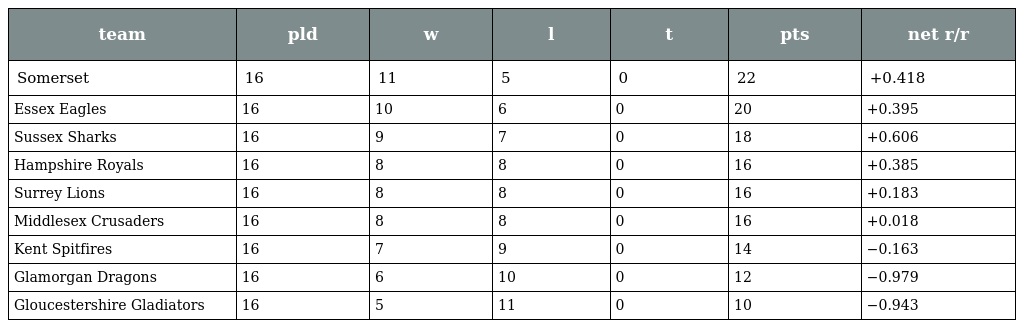
| team | pld | w | l | t | pts | net r/r |
 | --- | --- | --- | --- | --- | --- | --- |
 | Somerset | 16 | 11 | 5 | 0 | 22 | +0.418 |
 | Essex Eagles | 16 | 10 | 6 | 0 | 20 | +0.395 |
 | Sussex Sharks | 16 | 9 | 7 | 0 | 18 | +0.606 |
 | Hampshire Royals | 16 | 8 | 8 | 0 | 16 | +0.385 |
 | Surrey Lions | 16 | 8 | 8 | 0 | 16 | +0.183 |
 | Middlesex Crusaders | 16 | 8 | 8 | 0 | 16 | +0.018 |
 | Kent Spitfires | 16 | 7 | 9 | 0 | 14 | −0.163 |
 | Glamorgan Dragons | 16 | 6 | 10 | 0 | 12 | −0.979 |
 | Gloucestershire Gladiators | 16 | 5 | 11 | 0 | 10 | −0.943 |